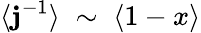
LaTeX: \langle\mathbf{j}^{-1}\rangle\; \sim\; \langle1-x\rangle